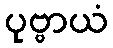
ပုဗ္ဗာယံ